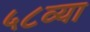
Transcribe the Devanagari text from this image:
५८व्या